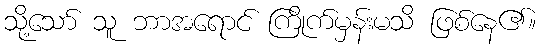
သို့သော် သူ ဘာအရောင် ကြိုက်မှန်းမသိ ဖြစ်နေ၏။